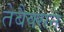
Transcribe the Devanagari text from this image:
तेबैक्सन